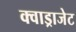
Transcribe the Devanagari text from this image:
क्वाड्राजेट